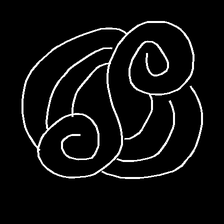
Glyph: wind-underfoot